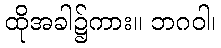
ထိုအခါ၌ကား။ ဘဂဝါ၊